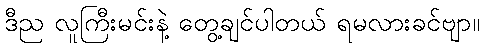
ဒီည လူကြီးမင်းနဲ့ တွေ့ချင်ပါတယ် ရမလားခင်ဗျာ။